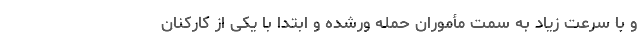
و با سرعت زیاد به سمت مأموران حمله ورشده و ابتدا با یکی از کارکنان